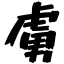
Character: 虜